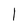
Character: 1